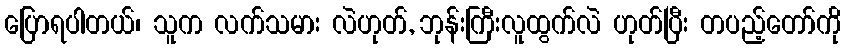
ပြောရပါတယ်၊ သူက လက်သမား လဲဟုတ်, ဘုန်းကြီးလူထွက်လဲ ဟုတ်ပြီး တပည့်တော်ကို